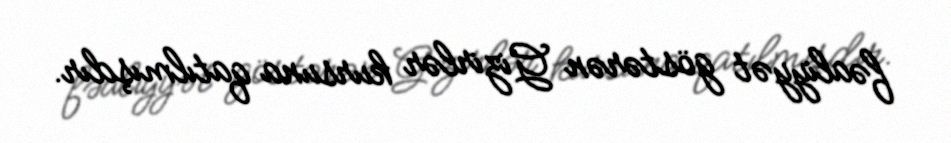
fəaliyyət göstərən Gizirlər kursuna qatılmışdır.